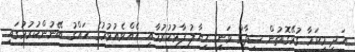
އަދި މިކަމާ ގުޅޭގޮތުން ޝިފާގް ވަނީ ހިޔާލު ފާޅުކުރުމާއި އެއްވެއުޅުމުގެ ހައްގު ބޭނުންކުރުމުގައި